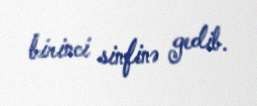
birinci sinfinə gedib.